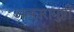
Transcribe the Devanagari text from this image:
आकारामुष्ठी